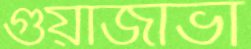
গুয়াজাভা